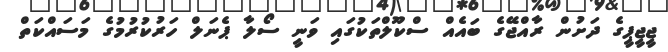
ޖީޖީޕީގެ ދަށުން ރާއްޖޭގެ ބައެއް ސްކޫލްތަކުގައި ވަނީ ސޯލާ ޕެނަލް ހަރުކުރުމުގެ މަސައްކަތް